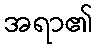
အရာ၏